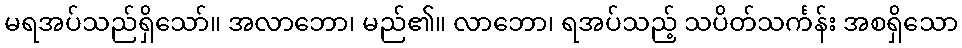
မရအပ်သည်ရှိသော်။ အလာဘော၊ မည်၏။ လာဘော၊ ရအပ်သည့် သပိတ်သင်္ကန်း အစရှိသော